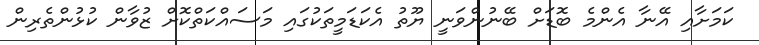
ކަމަށާއި އޭނާ އެންމެ ބޮޑަށް ބޭނުންވަނީ ޔޫތު އެކަޑަމީތަކުގައި މަސައްކަތްކޮށް ޒުވާން ކުޅުންތެރިން